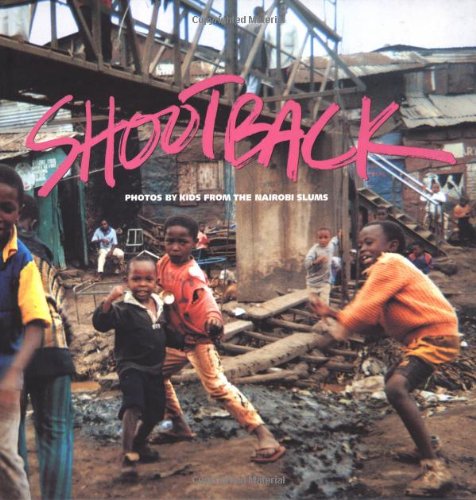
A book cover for Shootback: Photos by Kids from the Nairobi Slums; Lana Wong; Travel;